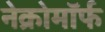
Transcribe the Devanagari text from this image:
नेक्रोमॉर्फ